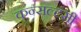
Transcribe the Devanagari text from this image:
कन्सल्टंसी